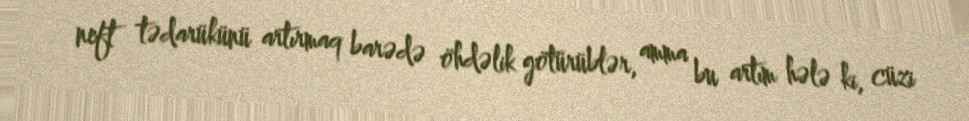
neft tədarükünü artırmaq barədə öhdəlik götürüblər, amma bu artım hələ ki, cüzi